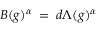
B ( g ) ^ { \alpha } \: = \: d \Lambda ( g ) ^ { \alpha }